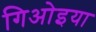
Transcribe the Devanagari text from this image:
गिओइया